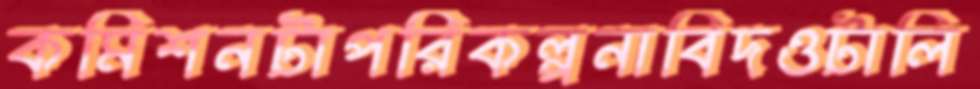
কমিশনটাপরিকল্পনাবিদওটালি